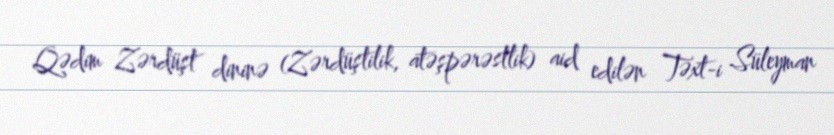
Qədim Zərdüşt dininə (Zərdüştilik, atəşpərəstlik) aid edilən Təxt-i Süleyman